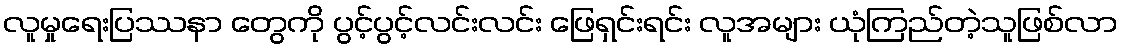
လူမှုရေးပြဿနာ တွေကို ပွင့်ပွင့်လင်းလင်း ဖြေရှင်းရင်း လူအများ ယုံကြည်တဲ့သူဖြစ်လာ